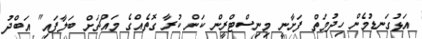
އަޅުގަނޑުމެން ހިދުމަތް ފަށާނީ މިނިސްޓްރީން ކަން ކުރާ ގޮތެއްގެ މައްޗަށް ބަލާފައި" އަބްދު